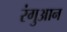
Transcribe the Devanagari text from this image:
रंगुआन